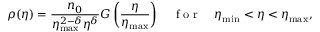
\rho ( \eta ) = \frac { n _ { 0 } } { \eta _ { \mathrm { m a x } } ^ { 2 - \delta } \eta ^ { \delta } } G \left( \frac { \eta } { \eta _ { \mathrm { m a x } } } \right) \quad \mathrm { ~ f ~ o ~ r ~ } \quad \eta _ { \mathrm { m i n } } < \eta < \eta _ { \mathrm { m a x } } ,